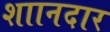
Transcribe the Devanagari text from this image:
शाानदार